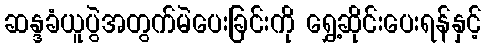
ဆန္ဒခံယူပွဲအတွက်မဲပေးခြင်းကို ရွှေ့ဆိုင်းပေးရန်နှင့်